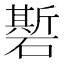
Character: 𰧣